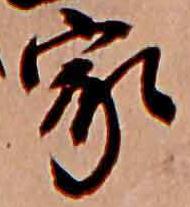
家